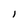
Character: l